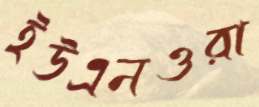
ইউএনওরা